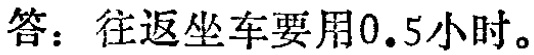
答：往返坐车要用0.5小时。